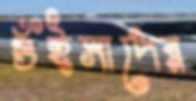
গুঁইসাপের